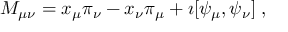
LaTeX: M _ { \mu \nu } = x _ { \mu } \pi _ { \nu } - x _ { \nu } \pi _ { \mu } + \imath [ \psi _ { \mu } , \psi _ { \nu } ] \; ,